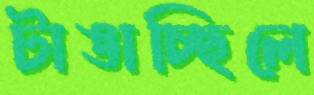
টাঙাচ্ছিলে